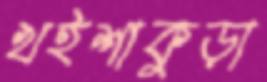
খইশাকুড়া